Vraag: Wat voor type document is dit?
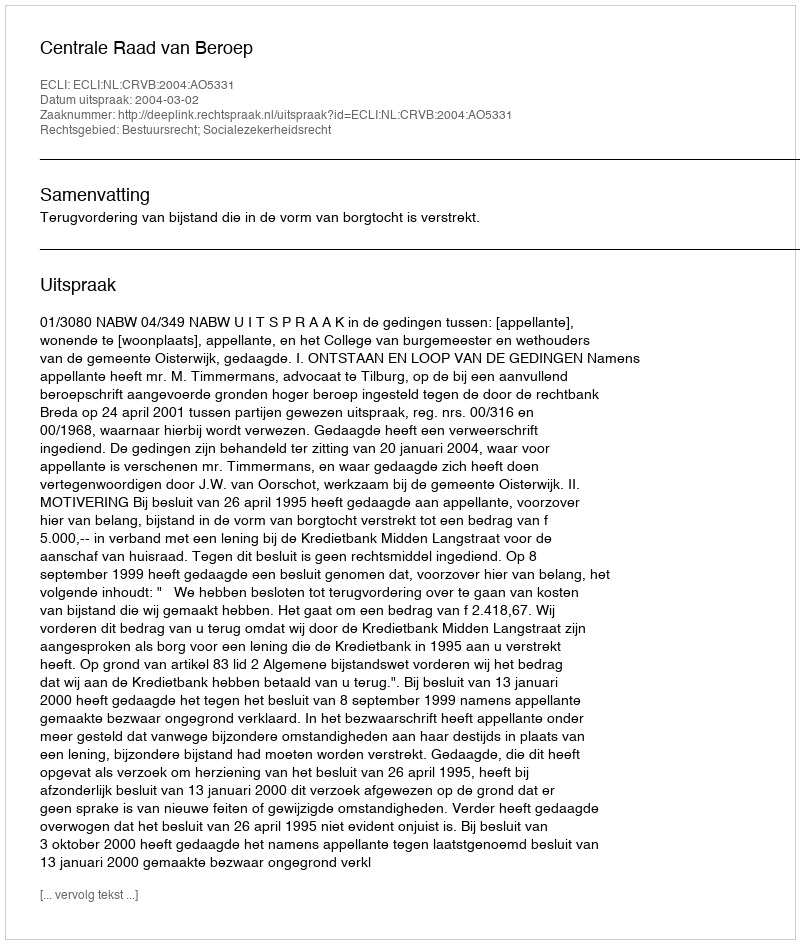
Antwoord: Uitspraak